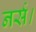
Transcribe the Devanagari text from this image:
नर्स।